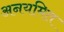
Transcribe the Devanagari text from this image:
अनयमित